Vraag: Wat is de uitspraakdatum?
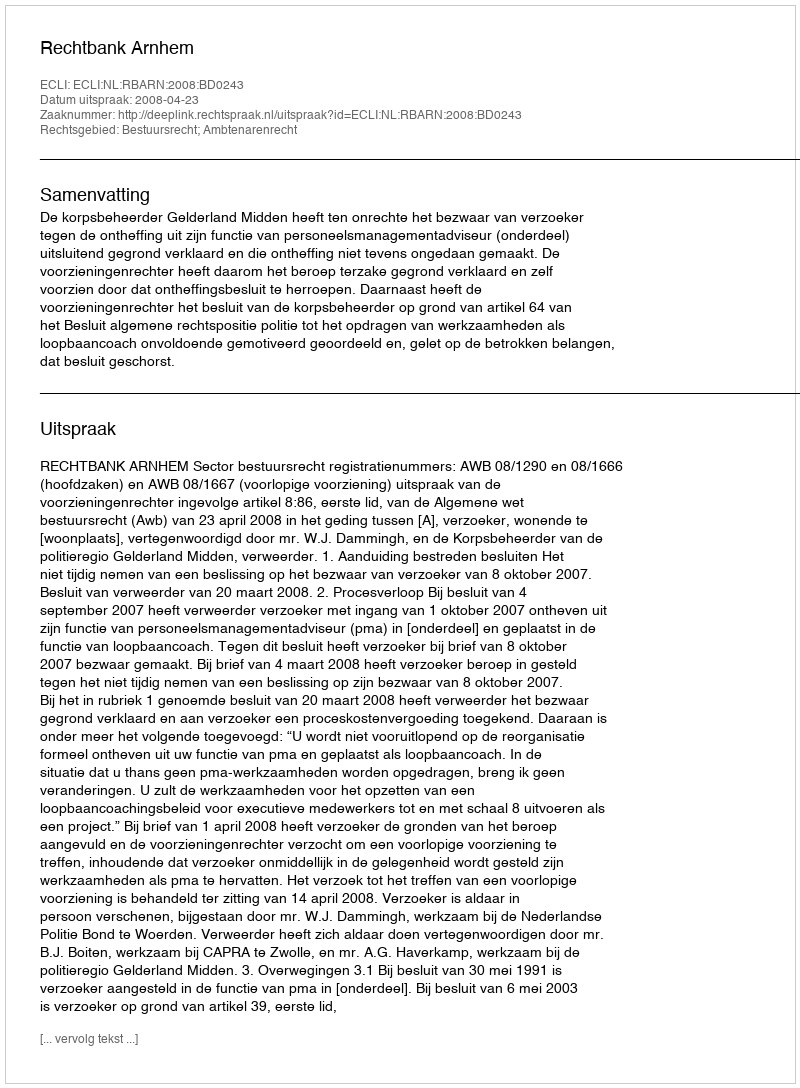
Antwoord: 2008-04-23